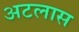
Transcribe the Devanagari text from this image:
अटलास